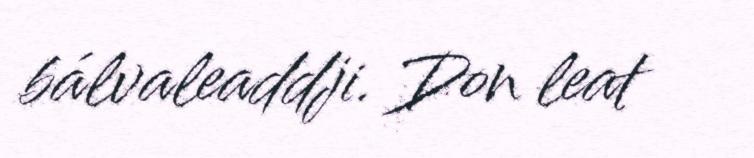
bálvaleaddji. Don leat